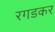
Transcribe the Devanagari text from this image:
रगडकर